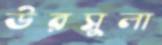
উরসুলা